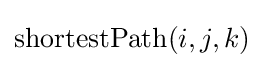
\mathrm {shortestPath} (i,j,k)